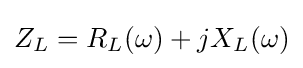
Z_{L}=R_{L}(\omega )+jX_{L}(\omega )